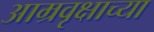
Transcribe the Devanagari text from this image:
आम्रवृक्षाच्या